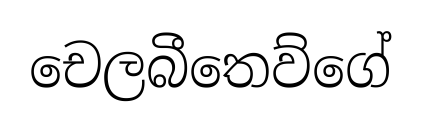
චෙලබීතෙව්ගේ